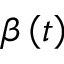
\beta \left( t \right)